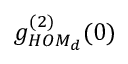
g _ { H O M _ { d } } ^ { ( 2 ) } ( 0 )